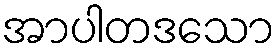
အာပါတဒသော